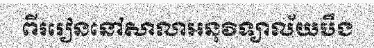
ពីររៀននៅសាលាអនុវិទ្យាល័យបឹង